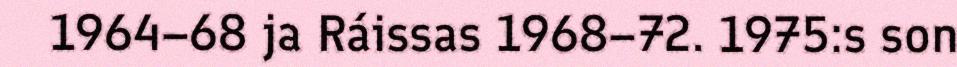
1964–68 ja Ráissas 1968–72. 1975:s son